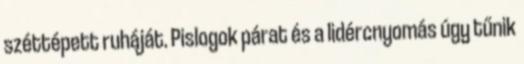
széttépett ruháját. Pislogok párat és a lidércnyomás úgy tűnik